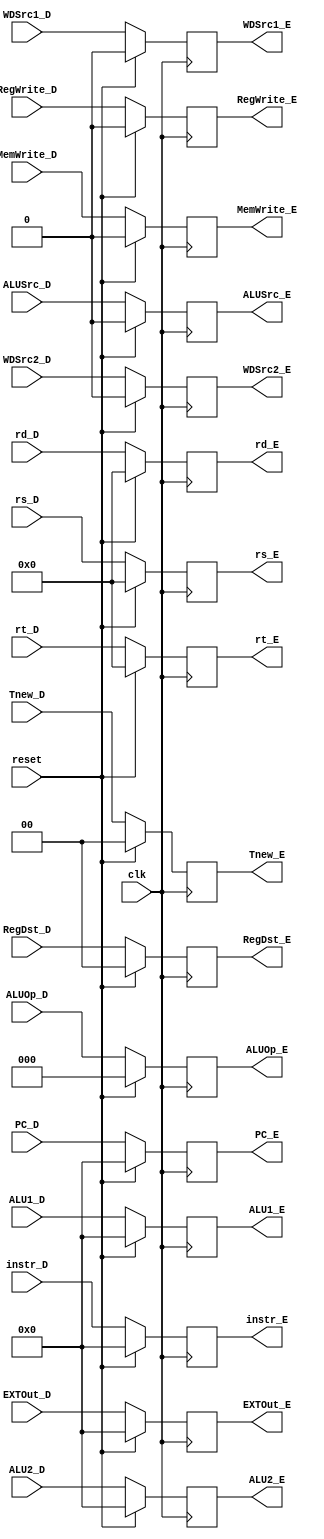
`timescale 1ns / 1ps
//////////////////////////////////////////////////////////////////////////////////
// Company: 
// Engineer: 
// 
// Design Name: 
// Module Name:    reg_E 
// Project Name: 
// Target Devices: 
// Tool versions: 
// Description: 
//
// Dependencies: 
//
// Revision: 
// Revision 0.01 - File Created
// Additional Comments: 
//
//////////////////////////////////////////////////////////////////////////////////
`default_nettype none

module reg_E(
	input wire clk,
	input wire reset,
	
	input wire [31:0] ALU1_D,
	input wire [31:0] ALU2_D,
	input wire [4:0] rs_D,
	input wire [4:0] rt_D,
	input wire [4:0] rd_D,
	input wire [31:0] EXTOut_D,
	input wire [31:0] instr_D,
	input wire [31:0] PC_D,
	
	input wire RegWrite_D,
	input wire [1:0] RegDst_D,
	input wire ALUSrc_D,
	input wire MemWrite_D,
	input wire WDSrc1_D,
	input wire WDSrc2_D,
	input wire [2:0] ALUOp_D,
	input wire [1:0] Tnew_D,
	
	output wire [31:0] ALU1_E,
	output wire [31:0] ALU2_E,
	output wire [4:0] rs_E,
	output wire [4:0] rt_E,
	output wire [4:0] rd_E,
	output wire [31:0] EXTOut_E,
	output wire [31:0] instr_E,
	output wire [31:0] PC_E,
	
	output wire RegWrite_E,
	output wire [1:0] RegDst_E,
	output wire ALUSrc_E,
	output wire MemWrite_E,
	output wire WDSrc1_E,
	output wire WDSrc2_E,
	output wire [2:0] ALUOp_E,
	output wire [1:0] Tnew_E
    );

	reg [31:0] ALU1;
	reg [31:0] ALU2;
	reg [4:0] rs;
	reg [4:0] rt;
	reg [4:0] rd;
	reg [31:0] EXTOut;
	reg [31:0] instr;
	reg [31:0] PC;
	reg RegWrite;
	reg [1:0] RegDst;
	reg ALUSrc;
	reg MemWrite;
	reg WDSrc1;
	reg WDSrc2;
	reg [2:0] ALUOp;
	reg [1:0] Tnew;
	
	assign ALU1_E = ALU1;
	assign ALU2_E = ALU2;
	assign rs_E = rs;
	assign rt_E = rt;
	assign rd_E = rd;
	assign EXTOut_E = EXTOut;
	assign instr_E = instr;
	assign PC_E = PC;
	assign RegWrite_E = RegWrite;
	assign RegDst_E = RegDst;
	assign ALUSrc_E = ALUSrc;
	assign MemWrite_E = MemWrite;
	assign WDSrc1_E = WDSrc1;
	assign WDSrc2_E = WDSrc2;
	assign ALUOp_E = ALUOp;
	assign Tnew_E = Tnew;
	
	always @(posedge clk) begin
		if (reset) begin
			ALU1 <= 0;
			ALU2 <= 0;
			rs <= 0;
			rt <= 0;
			rd <= 0;
			EXTOut <= 0;
			instr <= 0;
			PC <= 0;
			RegWrite <= 0;
			RegDst <= 0;
			ALUSrc <= 0;
			MemWrite <= 0;
			WDSrc1 <= 0;
			WDSrc2 <= 0;
			ALUOp <= 0;
			Tnew <= 0;
		end
		else begin 
			ALU1 <= ALU1_D;
			ALU2 <= ALU2_D;
			rs <= rs_D;
			rt <= rt_D;
			rd <= rd_D;
			EXTOut <= EXTOut_D;
			instr <= instr_D;
			PC <= PC_D;
			RegWrite <= RegWrite_D;
			RegDst <= RegDst_D;
			ALUSrc <= ALUSrc_D;
			MemWrite <= MemWrite_D;
			WDSrc1 <= WDSrc1_D;
			WDSrc2 <= WDSrc2_D;
			ALUOp <= ALUOp_D;
			Tnew <= Tnew_D;
		end
	end

endmodule